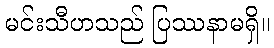
မင်းသီဟသည် ပြဿနာမရှိ။